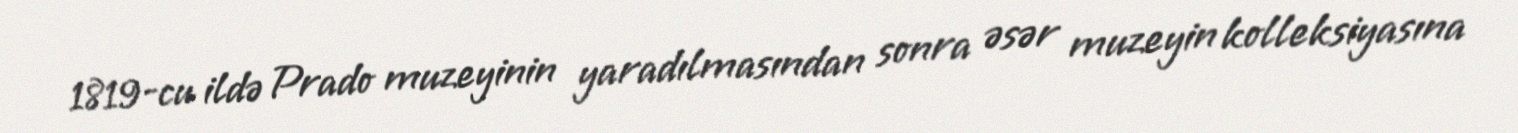
1819-cu ildə Prado muzeyinin yaradılmasından sonra əsər muzeyin kolleksiyasına